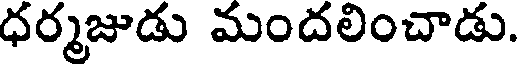
ధర్మజుడు మందలించాడు.